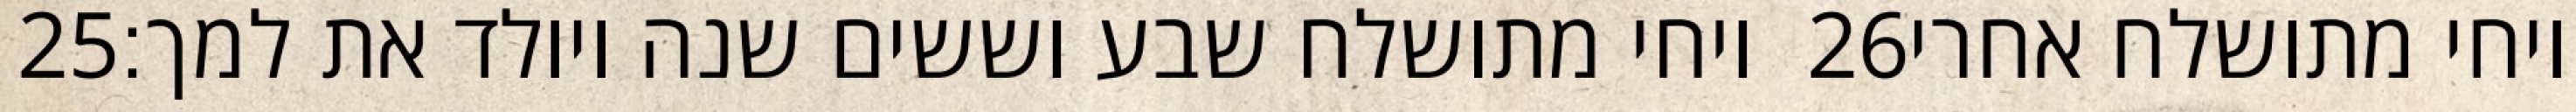
‎25‏ ויחי מתושלח שבע וששים שנה ויולד את למך׃ ‎26‏ ויחי מתושלח אחרי